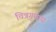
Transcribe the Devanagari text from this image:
चित्रगुप्ताय